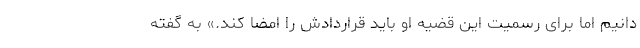
‌دانیم اما برای رسمیت این قضیه او باید قراردادش را امضا کند.» به گفته